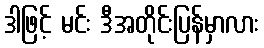
ဒါဖြင့် မင်း ဒီအတိုင်းပြန်မှာလား